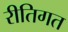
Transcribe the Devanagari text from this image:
रीतिगत